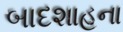
બાદશાહના